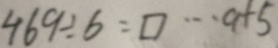
4 6 9 \div b = \square \cdots a + 5